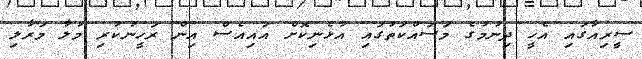
ސީރިއާގައި އެހީ ދިނުމުގެ މަސައްކަތުގައި އުޅެނިކޮށް އައިއެސް އިން ރަހީނުކުރި މުލާ މަރާލި